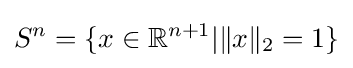
S^{n}=\{x\in \mathbb {R} ^{n+1}|\|x\|_{2}=1\}